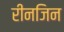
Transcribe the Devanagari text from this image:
रीनजिन